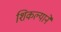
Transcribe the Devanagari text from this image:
शिकल्याने